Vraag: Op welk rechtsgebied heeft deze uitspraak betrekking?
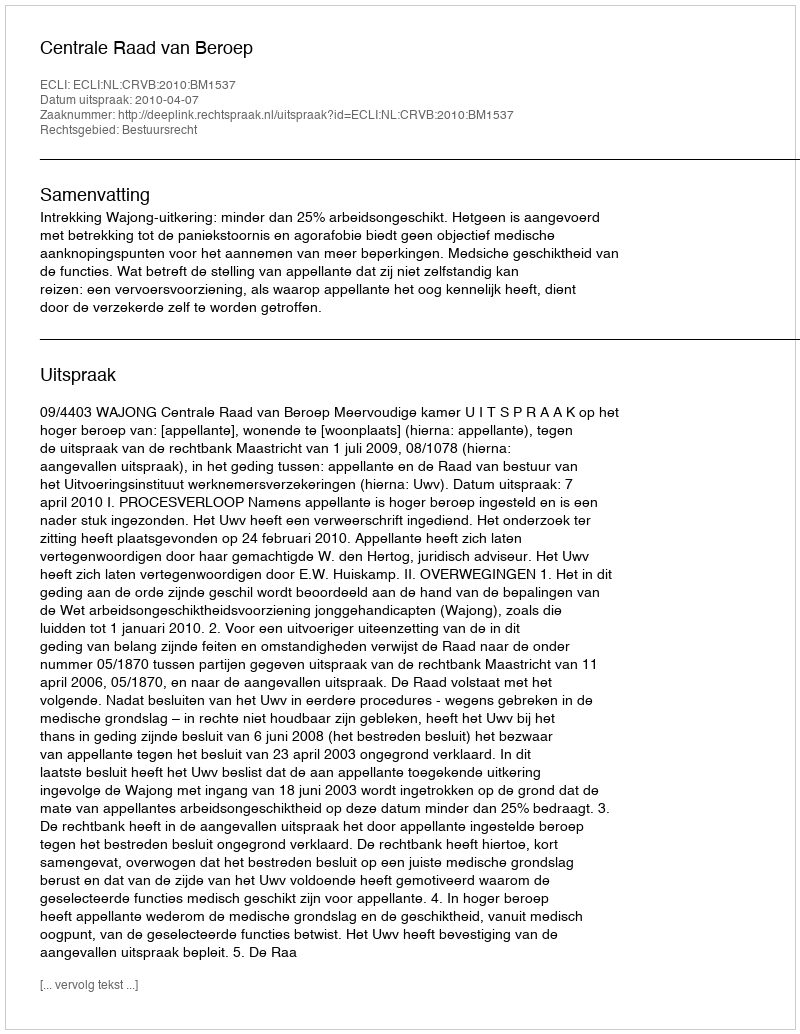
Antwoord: Bestuursrecht